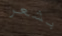
بشعر